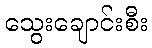
သွေးချောင်းစီး